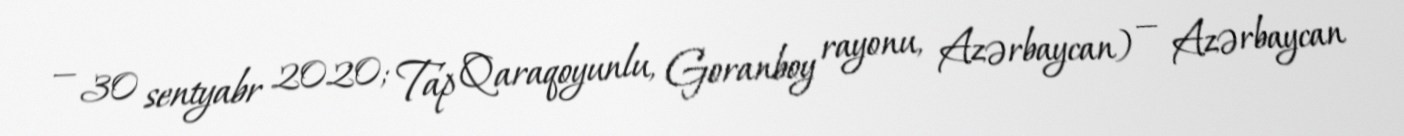
— 30 sentyabr 2020; Tap Qaraqoyunlu, Goranboy rayonu, Azərbaycan) — Azərbaycan